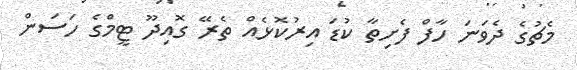
މެޗުގެ ދެވަނަ ހާފް ފެށިތާ ކުޑަ އިރުކޮޅެއް ތެރޭ ގޮއިދޫ ޓީމްގެ ހަސަން